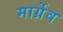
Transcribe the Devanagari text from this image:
मार्ग्रेव